Vaccination in Bombay 1902-1912 - 1902-1912
Year: 1902
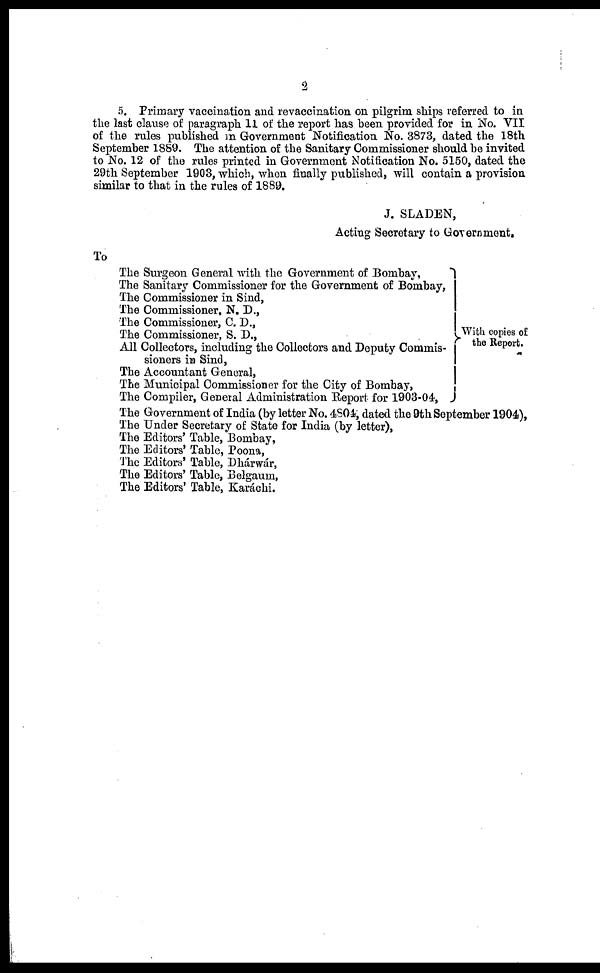
2
5. Primary vaccination and revaccination on pilgrim ships referred to in
the last clause of paragraph 11 of the report has been provided for in No. VII
of the rules published in Government Notification No. 3873, dated the 18th
September 1889. The attention of the Sanitary Commissioner should be invited
to No. 12 of the rules printed in Government Notification No. 5150, dated the
29th September 1903, which, when finally published, will contain a provision
similar to that in the rules of 1889.
J. SLADEN,
Acting Secretary to Government.
To
The Surgeon General with the Government of Bombay,
The Sanitary Commissioner for the Government of Bombay,
The Commissioner in Sind,
The Commissioner, N. D.,
The Commissioner, C. D.,
The Commissioner, S. D.,
All Collectors, including the Collectors and Deputy Commis-
sioners in Sind,
The Accountant General,
The Municipal Commissioner for the City of Bombay,
The Compiler, General Administration Report for 1903-04,
With copies of
the Report.
The Government of India (by letter No. 4804, dated the 9th September 1904),
The Under Secretary of State for India (by letter),
The Editors' Table, Bombay,
The Editors' Table, Poona,
The Editors' Table, Dhárwár,
The Editors' Table, Belgaum,
The Editors' Table, Karáchi.